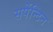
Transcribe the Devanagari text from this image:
सर्पेन्टिन